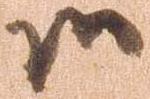
御